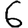
Digit: 6